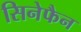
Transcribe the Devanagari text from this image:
सिनेफैन